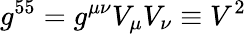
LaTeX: g^{55}=g^{\mu\nu}V_{\mu}V_{\nu}\equiv V^{2}